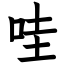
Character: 哇